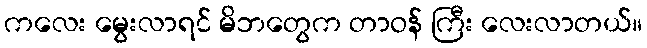
ကလေး မွေးလာရင် မိဘတွေက တာဝန် ကြီး လေးလာတယ်။